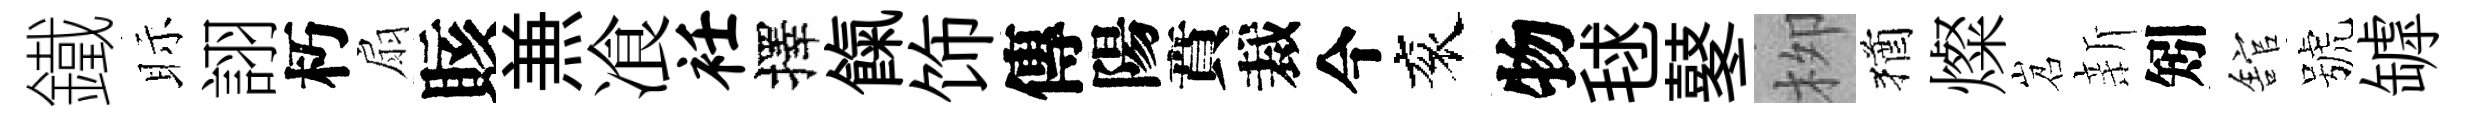
鐵眎詡朽扇賅𠔥飡衽擇餼饰傳陽賁裁今衮物毬鼕栁猶燦岧新矧舘號罅